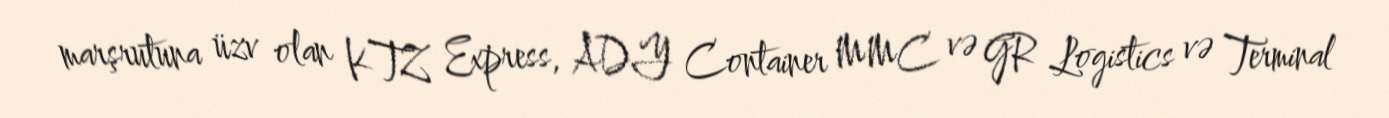
marşrutuna üzv olan KTZ Express, ADY Container MMC və GR Logistics və Terminal